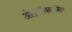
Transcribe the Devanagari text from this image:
ओफ़्लॉक्सासिन